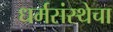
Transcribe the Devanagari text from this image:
धर्मसंस्थेचा